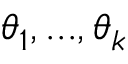
\boldsymbol { \theta } _ { 1 } , . . . , \boldsymbol { \theta } _ { k }